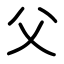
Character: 父